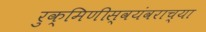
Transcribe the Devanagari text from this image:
रुक्मिणीस्वयंवराच्या